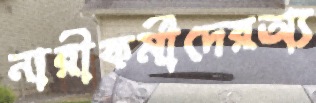
নারীকর্মীদেরঅ্য